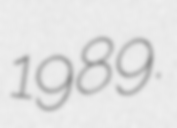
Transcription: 1989.